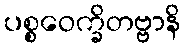
ပစ္စဝေက္ခိတဗ္ဗာနိ